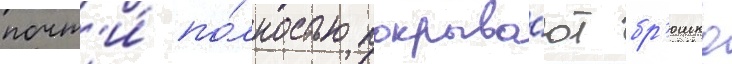
почт'и́ по́лностью покрыва́ют бр'юшко